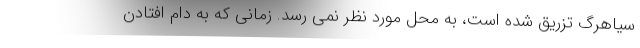
سیاهرگ تزریق شده است، به محل مورد نظر نمی رسد. زمانی که به دام افتادن